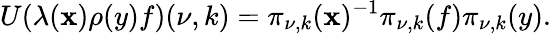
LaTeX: U(\lambda(\mathbf{x})\rho(y)f)(\nu,k)=\pi_{\nu,k}(\mathbf{x})^{-1}\pi_{\nu,k}(f)\pi_{\nu,k}(y).